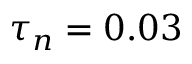
\tau _ { n } = 0 . 0 3